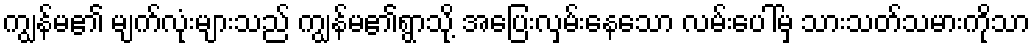
ကျွန်မ၏ မျက်လုံးများသည် ကျွန်မ၏ရွာသို့ အပြေးလှမ်းနေသော လမ်းပေါ်မှ သားသတ်သမားကိုသာ